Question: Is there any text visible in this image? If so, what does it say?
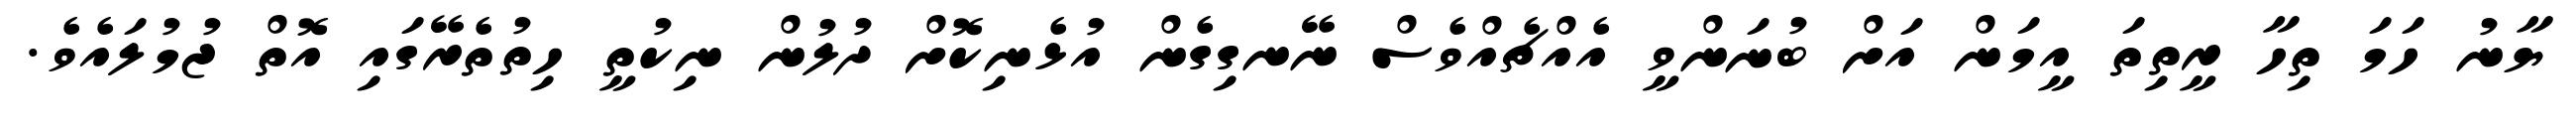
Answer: ޔާނު ހަމަ ތިހާ ރީތިތަ އީމަން އަށް ބުނަންވީ އެއްޗެއްވެސް ނޭނގިގެން އުޅެނިކޮށް ދުލުން ނިކުތީ ހިތުތެރޭގައި އޮތް ޖުމުލައެވެ.